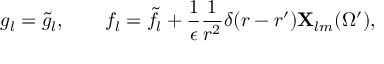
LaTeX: g _ { l } = \tilde { g } _ { l } , \qquad f _ { l } = \tilde { f } _ { l } + { \frac { 1 } { \epsilon } } { \frac { 1 } { r ^ { 2 } } } \delta ( r - r ^ { \prime } ) { \bf X } _ { l m } ( \Omega ^ { \prime } ) ,